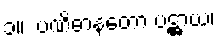
၁။  ပဏိဓာနတော ပဋ္ဌာယ၊